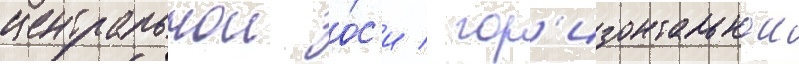
центральнои о́с'и / гор'изонтальнои